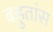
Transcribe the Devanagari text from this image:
बहुतांस